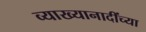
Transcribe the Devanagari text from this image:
व्याख्यानादींच्या